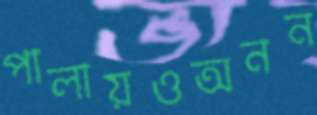
পালায়ওঅনন